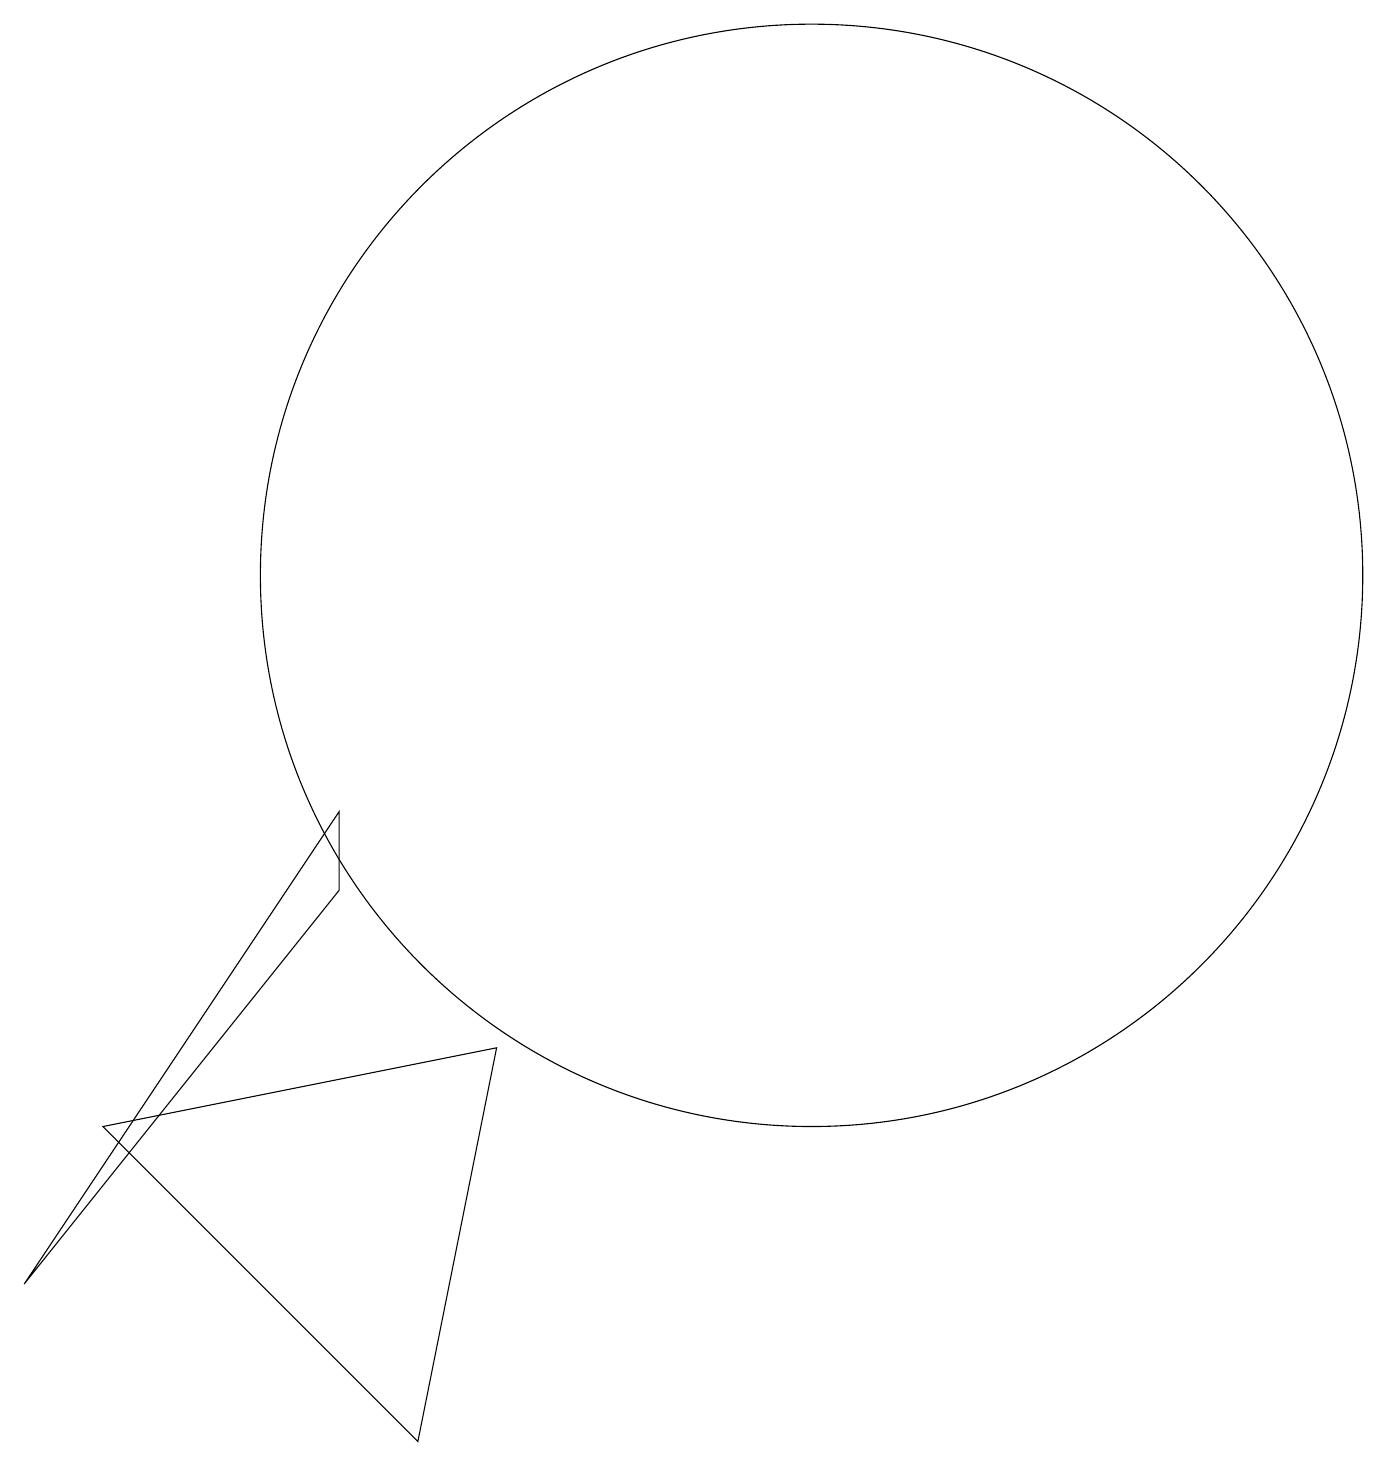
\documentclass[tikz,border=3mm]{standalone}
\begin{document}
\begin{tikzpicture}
\draw (10,11) circle (7);
\draw (4,7) -- (4,8) -- (0,2) -- cycle;
\draw (5,0) -- (1,4) -- (6,5) -- cycle;
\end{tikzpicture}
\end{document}